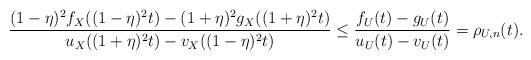
LaTeX: \begin{align*} \frac{(1-\eta)^2f_X((1-\eta)^2t)-(1+\eta)^2g_X((1+\eta)^2t)}{u_X((1+\eta)^2t)-v_X((1-\eta)^2t)} \le \frac{f_{U}(t)-g_{U}(t)}{u_{U}(t)-v_{U}(t)} = \rho_{U,n}(t).\end{align*}